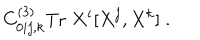
LaTeX: C _ { 0 i j , k } ^ { ( 3 ) } \mathrm { T r } \; X ^ { i } [ X ^ { j } , X ^ { k } ] \; .